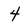
Character: 4